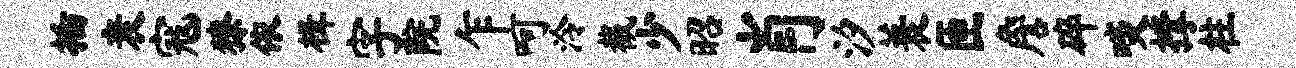
插衰寇獠依楫字院乍呵泠截少昭肖汐蓑匝詹碎啖撑柱